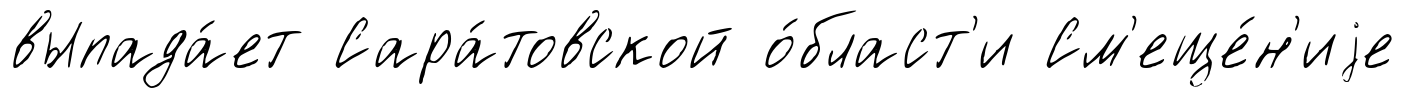
выпада́ет Сара́товской о́бласт'и См'еще́н'иjе